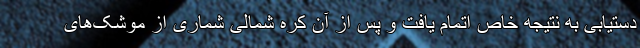
دستیابی به نتیجه خاص اتمام یافت و پس از آن کره شمالی شماری از موشک‌های